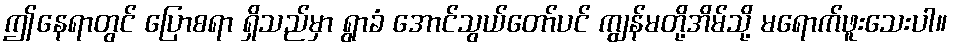
ဤနေရာတွင် ပြောစရာ ရှိသည်မှာ ရွာခံ အောင်သွယ်တော်ပင် ကျွန်မတို့အိမ်သို့ မရောက်ဖူးသေးပါ။